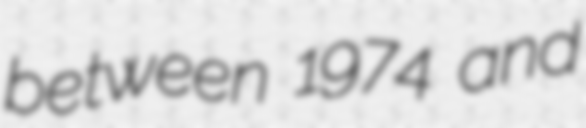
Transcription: between 1974 and